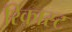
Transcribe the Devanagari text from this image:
रिकास्ट